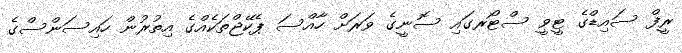
ރީފް ސައިޑްގެ ޓީވީ ސްޓޯރގައި ސޮނީގެ ވަރަށް ހާއްސަ ޕެކޭޖްތަކެއްގެ އިތުރުން ހައިސަންސްގެ